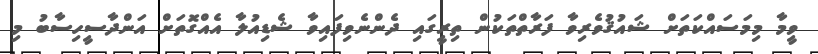
ވީމާ މިމަސައްކަތަށް ޝައުޤުވެރިވާ ފަރާތްތަކުން ތިރީގައި ދެންނެވިފައިވާ ޝެޑިއުލާ އެއްގޮތަށް އަންދާސީހިސާބު މި